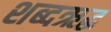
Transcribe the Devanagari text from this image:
शब्दऋद्ध